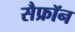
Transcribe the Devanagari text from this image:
सैफ्रॉन